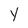
Character: Y